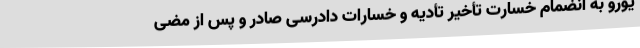
یورو به انضمام خسارت تأخیر تأدیه و خسارات دادرسی صادر و پس از مضی